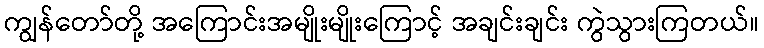
ကျွန်တော်တို့ အကြောင်းအမျိုးမျိုးကြောင့် အချင်းချင်း ကွဲသွားကြတယ်။